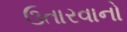
ઉતારવાનો